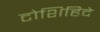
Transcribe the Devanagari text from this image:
टोशिहिदे